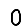
Digit: 0